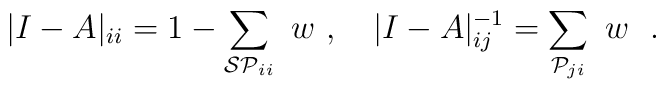
|I-A|_{ii} = 1 - \sum_{{\cal SP}_{ii}} \ w \ , \quad|I-A|_{ij}^{-1} =  \sum_{{\cal P}_{ji}} \ w  \ \ .